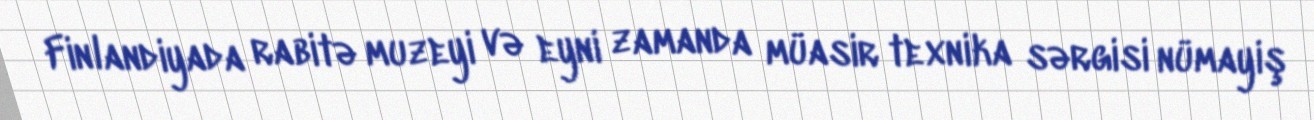
Finlandiyada rabitə muzeyi və eyni zamanda müasir texnika sərgisi nümayiş